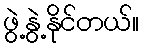
ဖွဲ့နွဲ့နိုင်တယ်။